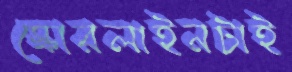
স্কোরলাইনটাই